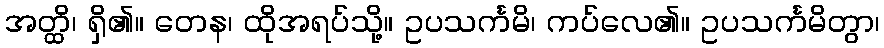
အတ္ထိ၊ ရှိ၏။ တေန၊ ထိုအရပ်သို့။ ဥပသင်္ကမိ၊ ကပ်လေ၏။ ဥပသင်္ကမိတွာ၊